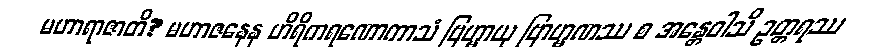
မဟာရာဇာတိ? မဟာဇနေန ဟိရိကရဏောကာသံ ဗြဟ္မာယု ဗြာဟ္မဏဿ စ အန္တေဝါသိ ဥတ္တရဿ